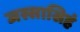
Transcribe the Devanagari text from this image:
जस्सासिहं